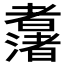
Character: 𱻯